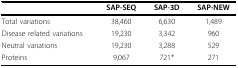
<table><thead><tr><td></td><td><b>SAP-SEQ</b></td><td><b>SAP-3D</b></td><td><b>SAP-NEW</b></td></tr></thead><tbody><tr><td>Total variations</td><td>38,460</td><td>6,630</td><td>1,489</td></tr><tr><td>Disease related variations</td><td>19,230</td><td>3,342</td><td>960</td></tr><tr><td>Neutral variations</td><td>19,230</td><td>3,288</td><td>529</td></tr><tr><td>Proteins</td><td>9,067</td><td>721*</td><td>271</td></tr></tbody></table>